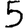
Digit: 5